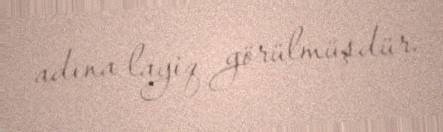
adına layiq görülmüşdür.